Indian journal of veterinary science and animal husbandry - Volumes 22-23, 1952-1953
Year: 1952
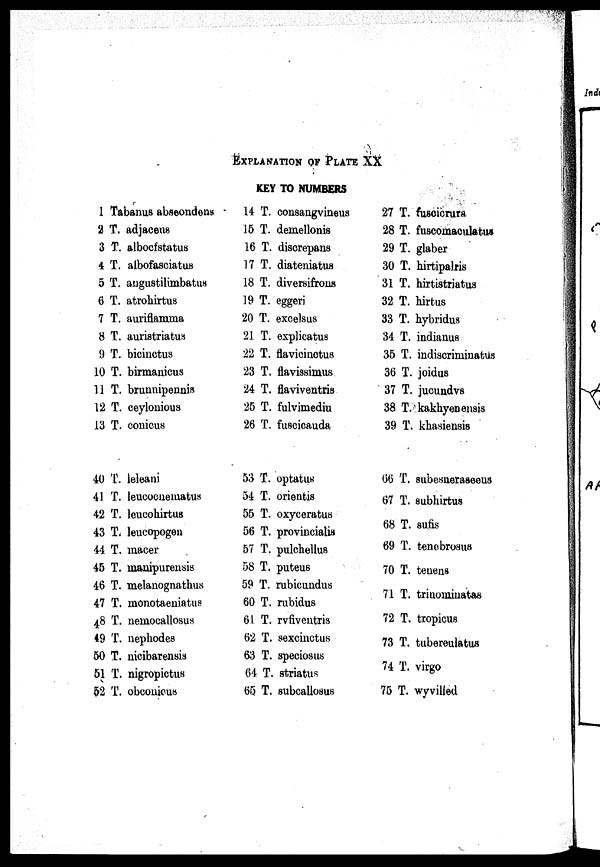
EXPLANATION OF PLATE XX
KEY TO NUMBERS
1 Tabanus abseondong
2 T. adjacens
3 T. albocfstatus
4 T. albofasciatus
5 T. angustilimbatns
6 T. atrohirtus
7 T. auriflamma
8 T. auristriatus
9 T. bicinetus
10 T. birmanicus
11 T. brunnipennis
12 T. ceylonious
13 T. conicus
14 T. consangvineus
15 T. demellonis
16 T. discrepans
17 T. diateniatus
18 T. diversifrons
19 T. eggeri
20 T. exoelsus
21 T. explicatus
22 T. flavicinctus
23 T. flavissimus
24 T. flaviventris
25 T. fulvimediu
26 T. fuscicauda
27 T. fuscicrura
28 T. fuscomaoulatus
29 T. glaber
30 T. hirtipalris
31 T. hirtistriatus
32 T. hirtus
33 T. hybridus
34 T. indianus
35 T. indiscriminatus
36 T. joidus
37 T. jucundvs
38 T. kakhyenenais
39 T. khasiensis
40 T. leleani
41 T. leucocnematus
42 T. leucohirtus
43 T. leucopogen
44 T. macer
45 T. manipurensis
46 T. melanognathus
47 T. monotaeniatus
48 T. nemocallosus
4.9 T. nephodes
50 T. nieibarensis
51 T. nigropictus
52 T. obconicus
53 T. optatus
54 T. orientis
55 T. oxyceratus
56 T. provincialis
57 T. pulchellus
58 T. puteus
59 T. rubicundus
60 T. rubidus
61 T. rvfiventris
62 T. sexcinctus
63 T. speciosus
64 T. striatus
65 T. subcallosus
66 T. subesneraseeus
67 T. subhirtus
68 T. sufis
69 T. tenebrosus
70 T. tenens
71 T. trinominatas
72 T. tropicus
73 T. tubereulatus
74 T. virgo
75 T. wyvilled